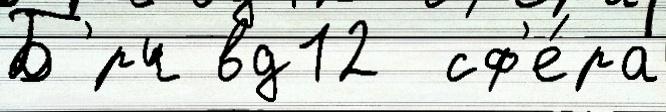
Б'́рч вд12  сф'е́ра